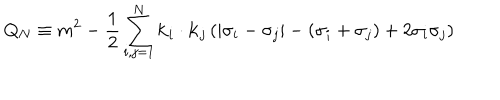
Q _ { N } \equiv m ^ { 2 } - { \frac { 1 } { 2 } } \sum _ { i , j = 1 } ^ { N } { \bf k } _ { i } \cdot { \bf k } _ { j } \left( | \sigma _ { i } - \sigma _ { j } | - ( \sigma _ { i } + \sigma _ { j } ) + 2 \sigma _ { i } \sigma _ { j } \right)